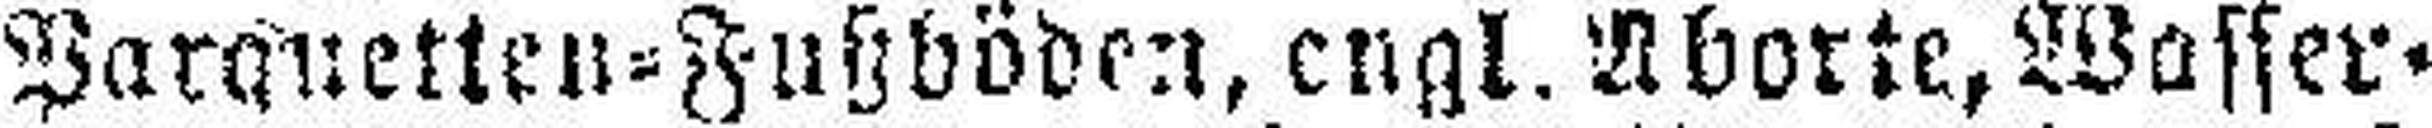
Paranetten=Fußböden, engl. Aborte, Wasser¬